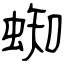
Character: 蜘